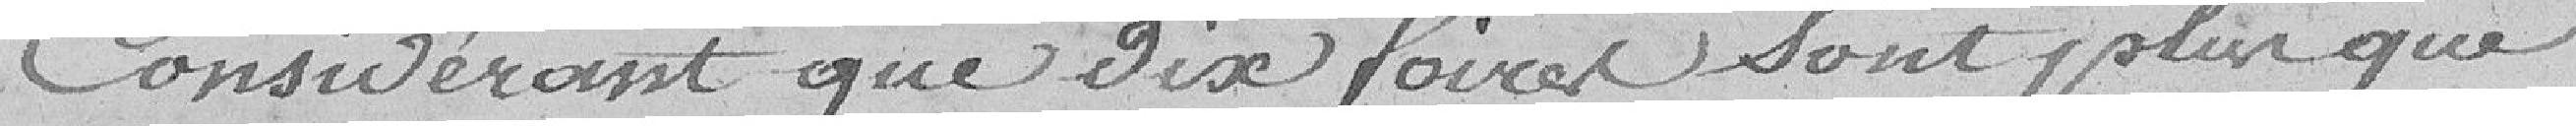
Considérant que dix foires sont plus que